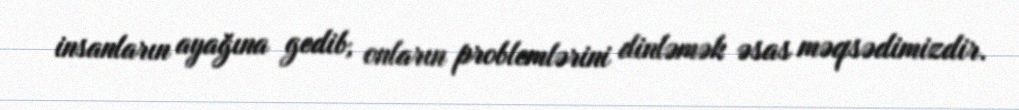
insanların ayağına gedib, onların problemlərini dinləmək əsas məqsədimizdir.